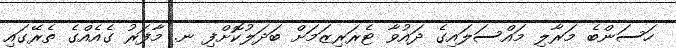
ހަސަންބެ މަރާލި މައްސަލައިގެ ދައުވާ ޓެރަރިޒަމަށް ބަދަލުކޮށްފި ނ. މާފަރު ގެއެއްގެ ތެރޭގައި